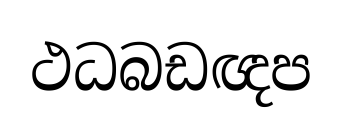
ථධබඩඥප